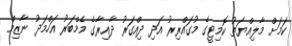
ކަމަށް މާލިއްޔަތު ކޮމިޓީގެ މުގައްރިރު އަދި ދިއްގަރު ދާއިރާގެ މެމްބަރު އަހްމަދު ނާޒިމް